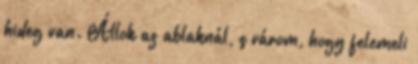
hideg van. Állok az ablaknál, s várom, hogy felemeli